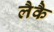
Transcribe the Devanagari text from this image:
लैकै